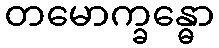
တမောက္ခန္ဓော